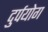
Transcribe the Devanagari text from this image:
दुर्पयोग